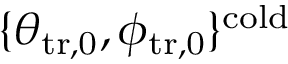
\{ \theta _ { \mathrm { t r , 0 } } , \phi _ { \mathrm { t r , 0 } } \} ^ { \mathrm { c o l d } }